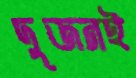
দুজনই